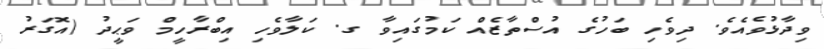
ވިދާޅުވެއެވެ. ދިވެހި ބަހުގެ އުސްތާޒެއް ކަމުގައިވާ ގ. ކަލާވެހި އިބްރާހީމް ވަޙީދު (އޮގަރު